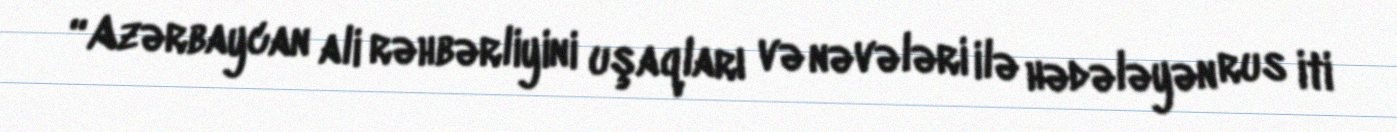
“Azərbaycan ali rəhbərliyini uşaqları və nəvələri ilə hədələyən rus iti